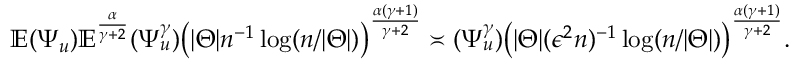
\begin{array} { r } { \mathbb { E } ( \Psi _ { u } ) \mathbb { E } ^ { \frac { \alpha } { \gamma + 2 } } ( \Psi _ { u } ^ { \gamma } ) \big ( | \Theta | n ^ { - 1 } \log ( n / | \Theta | ) \big ) ^ { \frac { \alpha ( \gamma + 1 ) } { \gamma + 2 } } \asymp ( \Psi _ { u } ^ { \gamma } ) \big ( | \Theta | ( \epsilon ^ { 2 } n ) ^ { - 1 } \log ( n / | \Theta | ) \big ) ^ { \frac { \alpha ( \gamma + 1 ) } { \gamma + 2 } } . } \end{array}